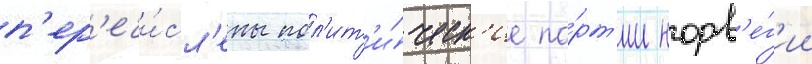
п'ер'ечи́сл'ены пол'ит'и́ческ'ие па́рт'ии норв'е́г'ии